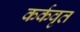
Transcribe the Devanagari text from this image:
कर्कवृत